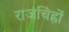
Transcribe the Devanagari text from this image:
राजचिह्रों